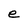
Character: e